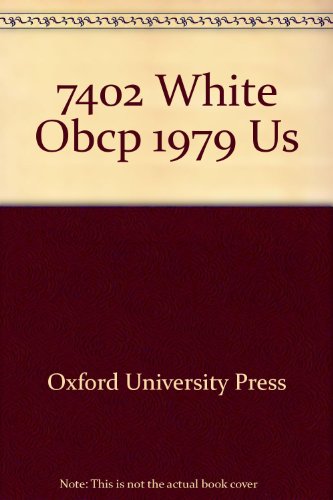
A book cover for The 1979 Book of Common Prayer, Personal Size Edition; Oxford University Press; Christian Books & Bibles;